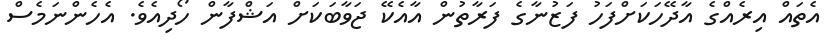
އެތައް އިރެއްގެ އާދޭހަކަށްފަހު ފަޒުނާގެ ފަރާތުން އާއެކޭ ޖަވާބަކަށް އަޝްފާން ހޯދިއެވެ. އެހެންނަމެސް